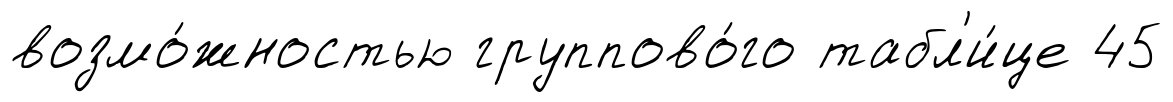
возмо́жностью группово́го табл'и́це 45